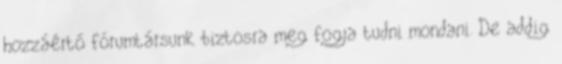
hozzáértő fórumtársunk biztosra meg fogja tudni mondani. De addig